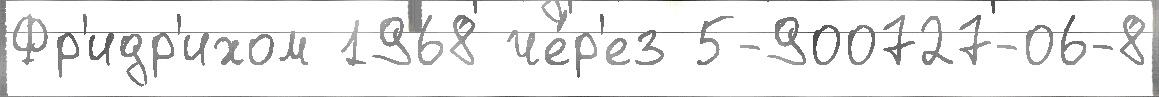
Фр'идр'ихом 1968 че́р'ез 5-900727-06-8